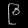
Digit: ၉